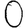
Digit: 0